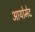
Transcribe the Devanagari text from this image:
आयोमेद